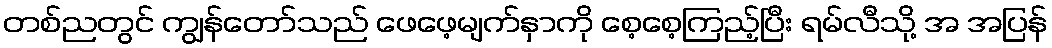
တစ်ညတွင် ကျွန်တော်သည် ဖေဖေ့မျက်နှာကို စေ့စေ့ကြည့်ပြီး ရမ်လီသို့ အ အပြန်